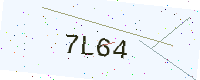
Text: 7L64